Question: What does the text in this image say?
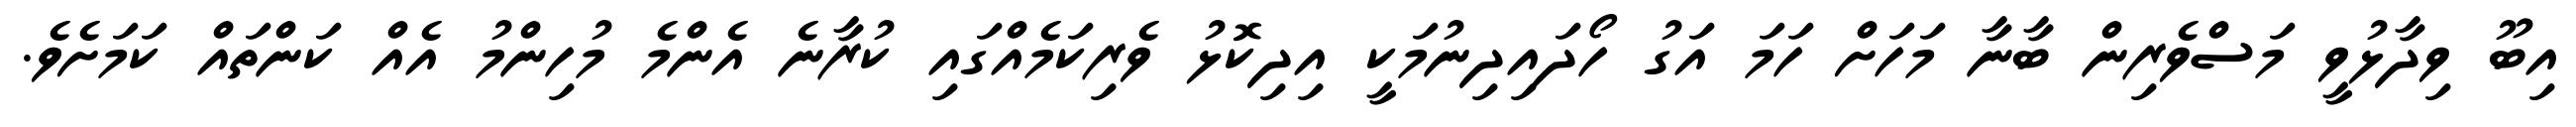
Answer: އިބޫ ވިދާޅުވީ މަސްވެރިން ބާނާ މަހަށް ހަމަ އަގު ހޯދައިދިނުމަކީ އިދިކޮޅު ވެރިކަމެއްގައި ކުރާނެ އެންމެ މުހިންމު އެއް ކަންތައް ކަމަށެވެ.